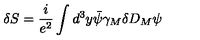
\delta S = \frac { i } { e ^ { 2 } } \int d ^ { 3 } y \bar { \psi } \gamma _ { M } \delta D _ { M } \psi